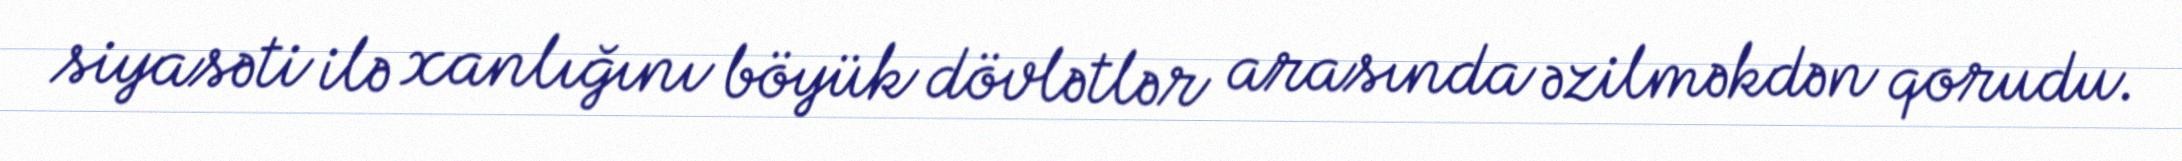
siyasəti ilə xanlığını böyük dövlətlər arasında əzilməkdən qorudu.